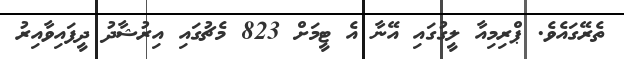
ތެރޭގައެވެ. ޕްރިމިއާ ލީގުގައި އޭނާ އެ ޓީމަށް 823 މެޗުގައި އިރުޝާދު ދީފައިވާއިރު